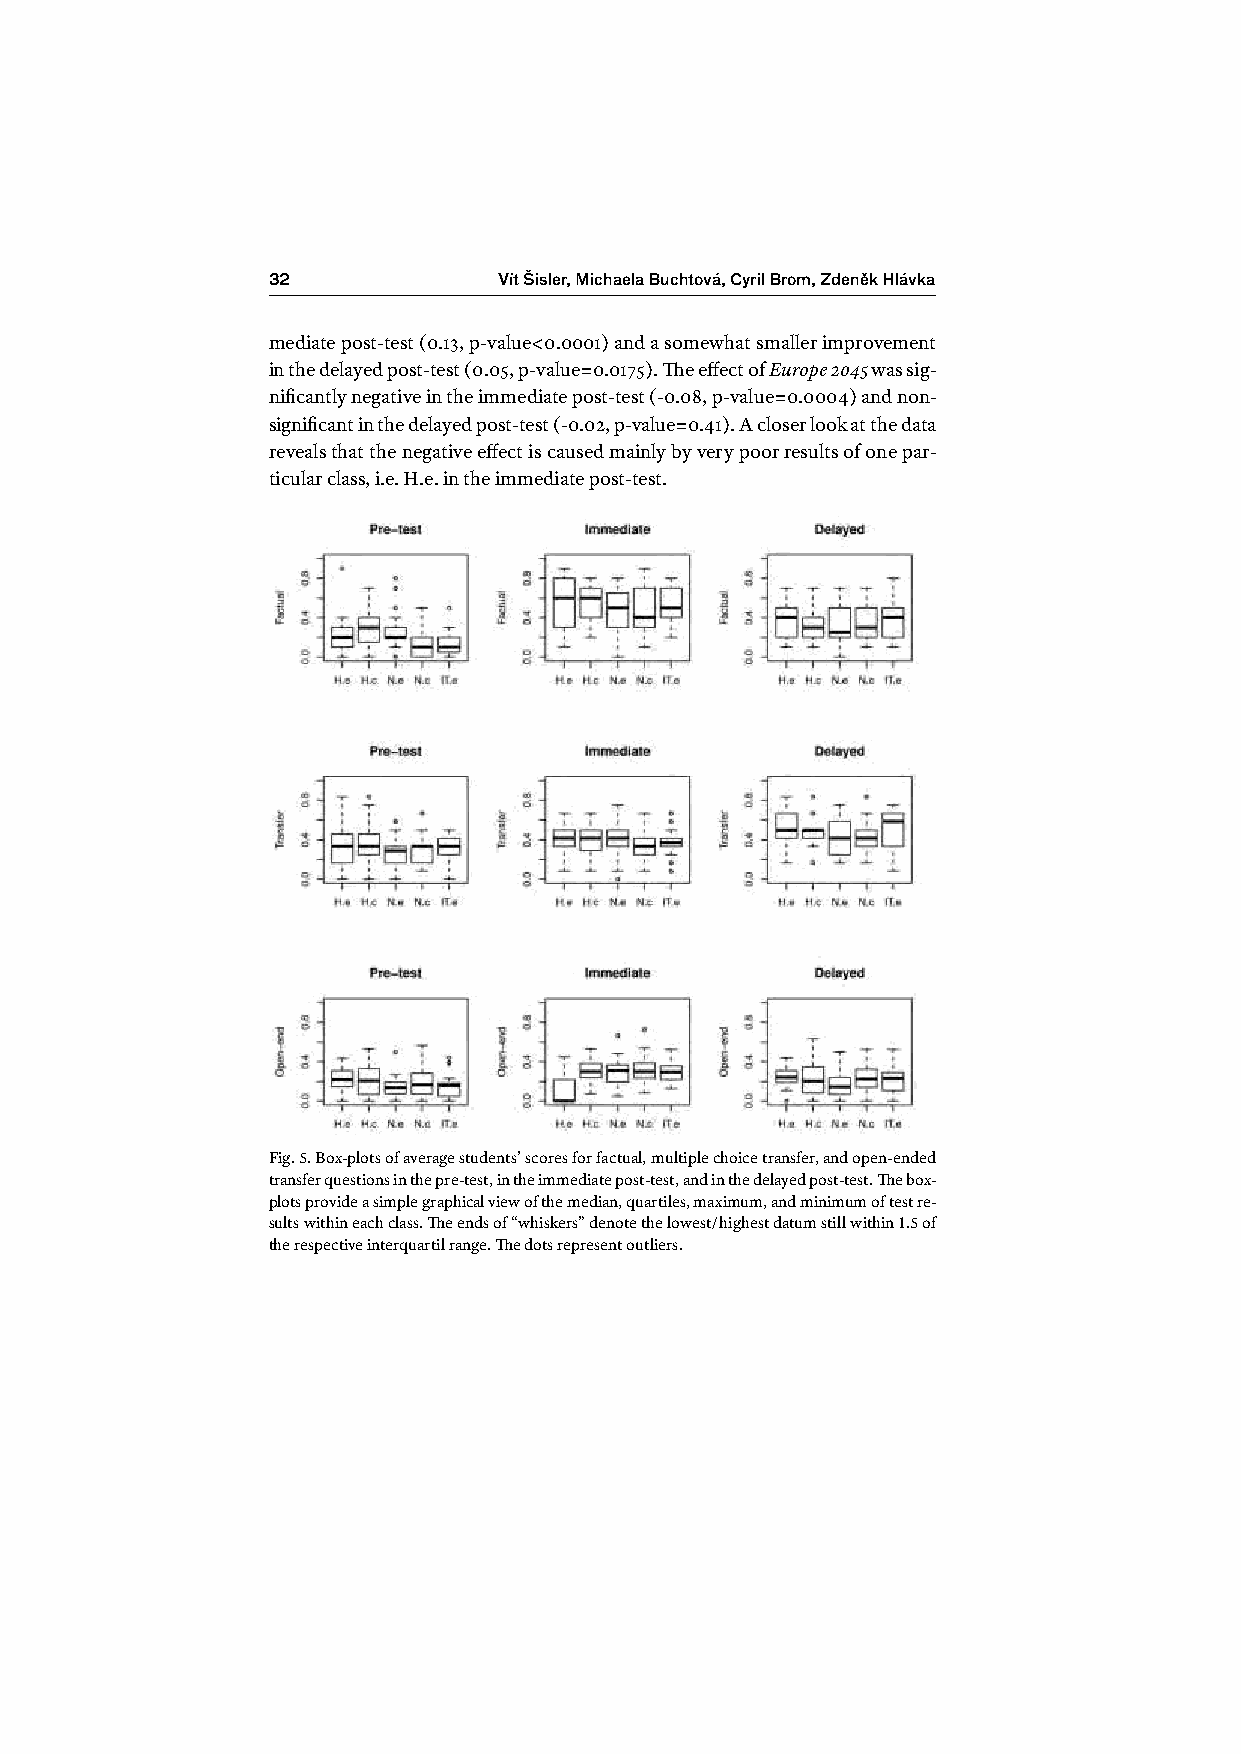
32             Vít Šisler, Michaela Buchtová, Cyril Brom, Zdeněk Hlávka
 mediate post-test (0.13, p-value<0.0001) and a somewhat smaller improvement
 in the delayed post-test (0.05, p-value=0.0175). The effect of Europe 2045 was sig-
 nificantly negative in the immediate post-test (-0.08, p-value=0.0004) and non-
 significant in the delayed post-test (-0.02, p-value=0.41). A closer look at the data
 reveals that the negative effect is caused mainly by very poor results of one par-
 ticular class, i.e. H.e. in the immediate post-test.
 Fig. 5. Box-plots of average students’ scores for factual, multiple choice transfer, and open-ended
 transfer questions in the pre-test, in the immediate post-test, and in the delayed post-test. The box-
 plots provide a simple graphical view of the median, quartiles, maximum, and minimum of test re-
 sults within each class. The ends of “whiskers” denote the lowest/highest datum still within 1.5 of
 the respective interquartil range. The dots represent outliers.